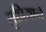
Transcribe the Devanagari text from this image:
सुप्रियाने